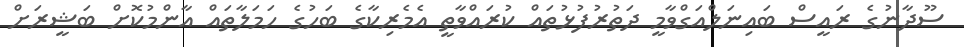
ސޫދާނުގެ ރައީސް ބައިނަލްއަގްވާމީ ދަތުރުފުޅުތައް ކުރައްވާތީ އެމެރިކާގެ ބަހުގެ ހަމަލާތައް އާންމުކޮށް ބަޝީރަށް